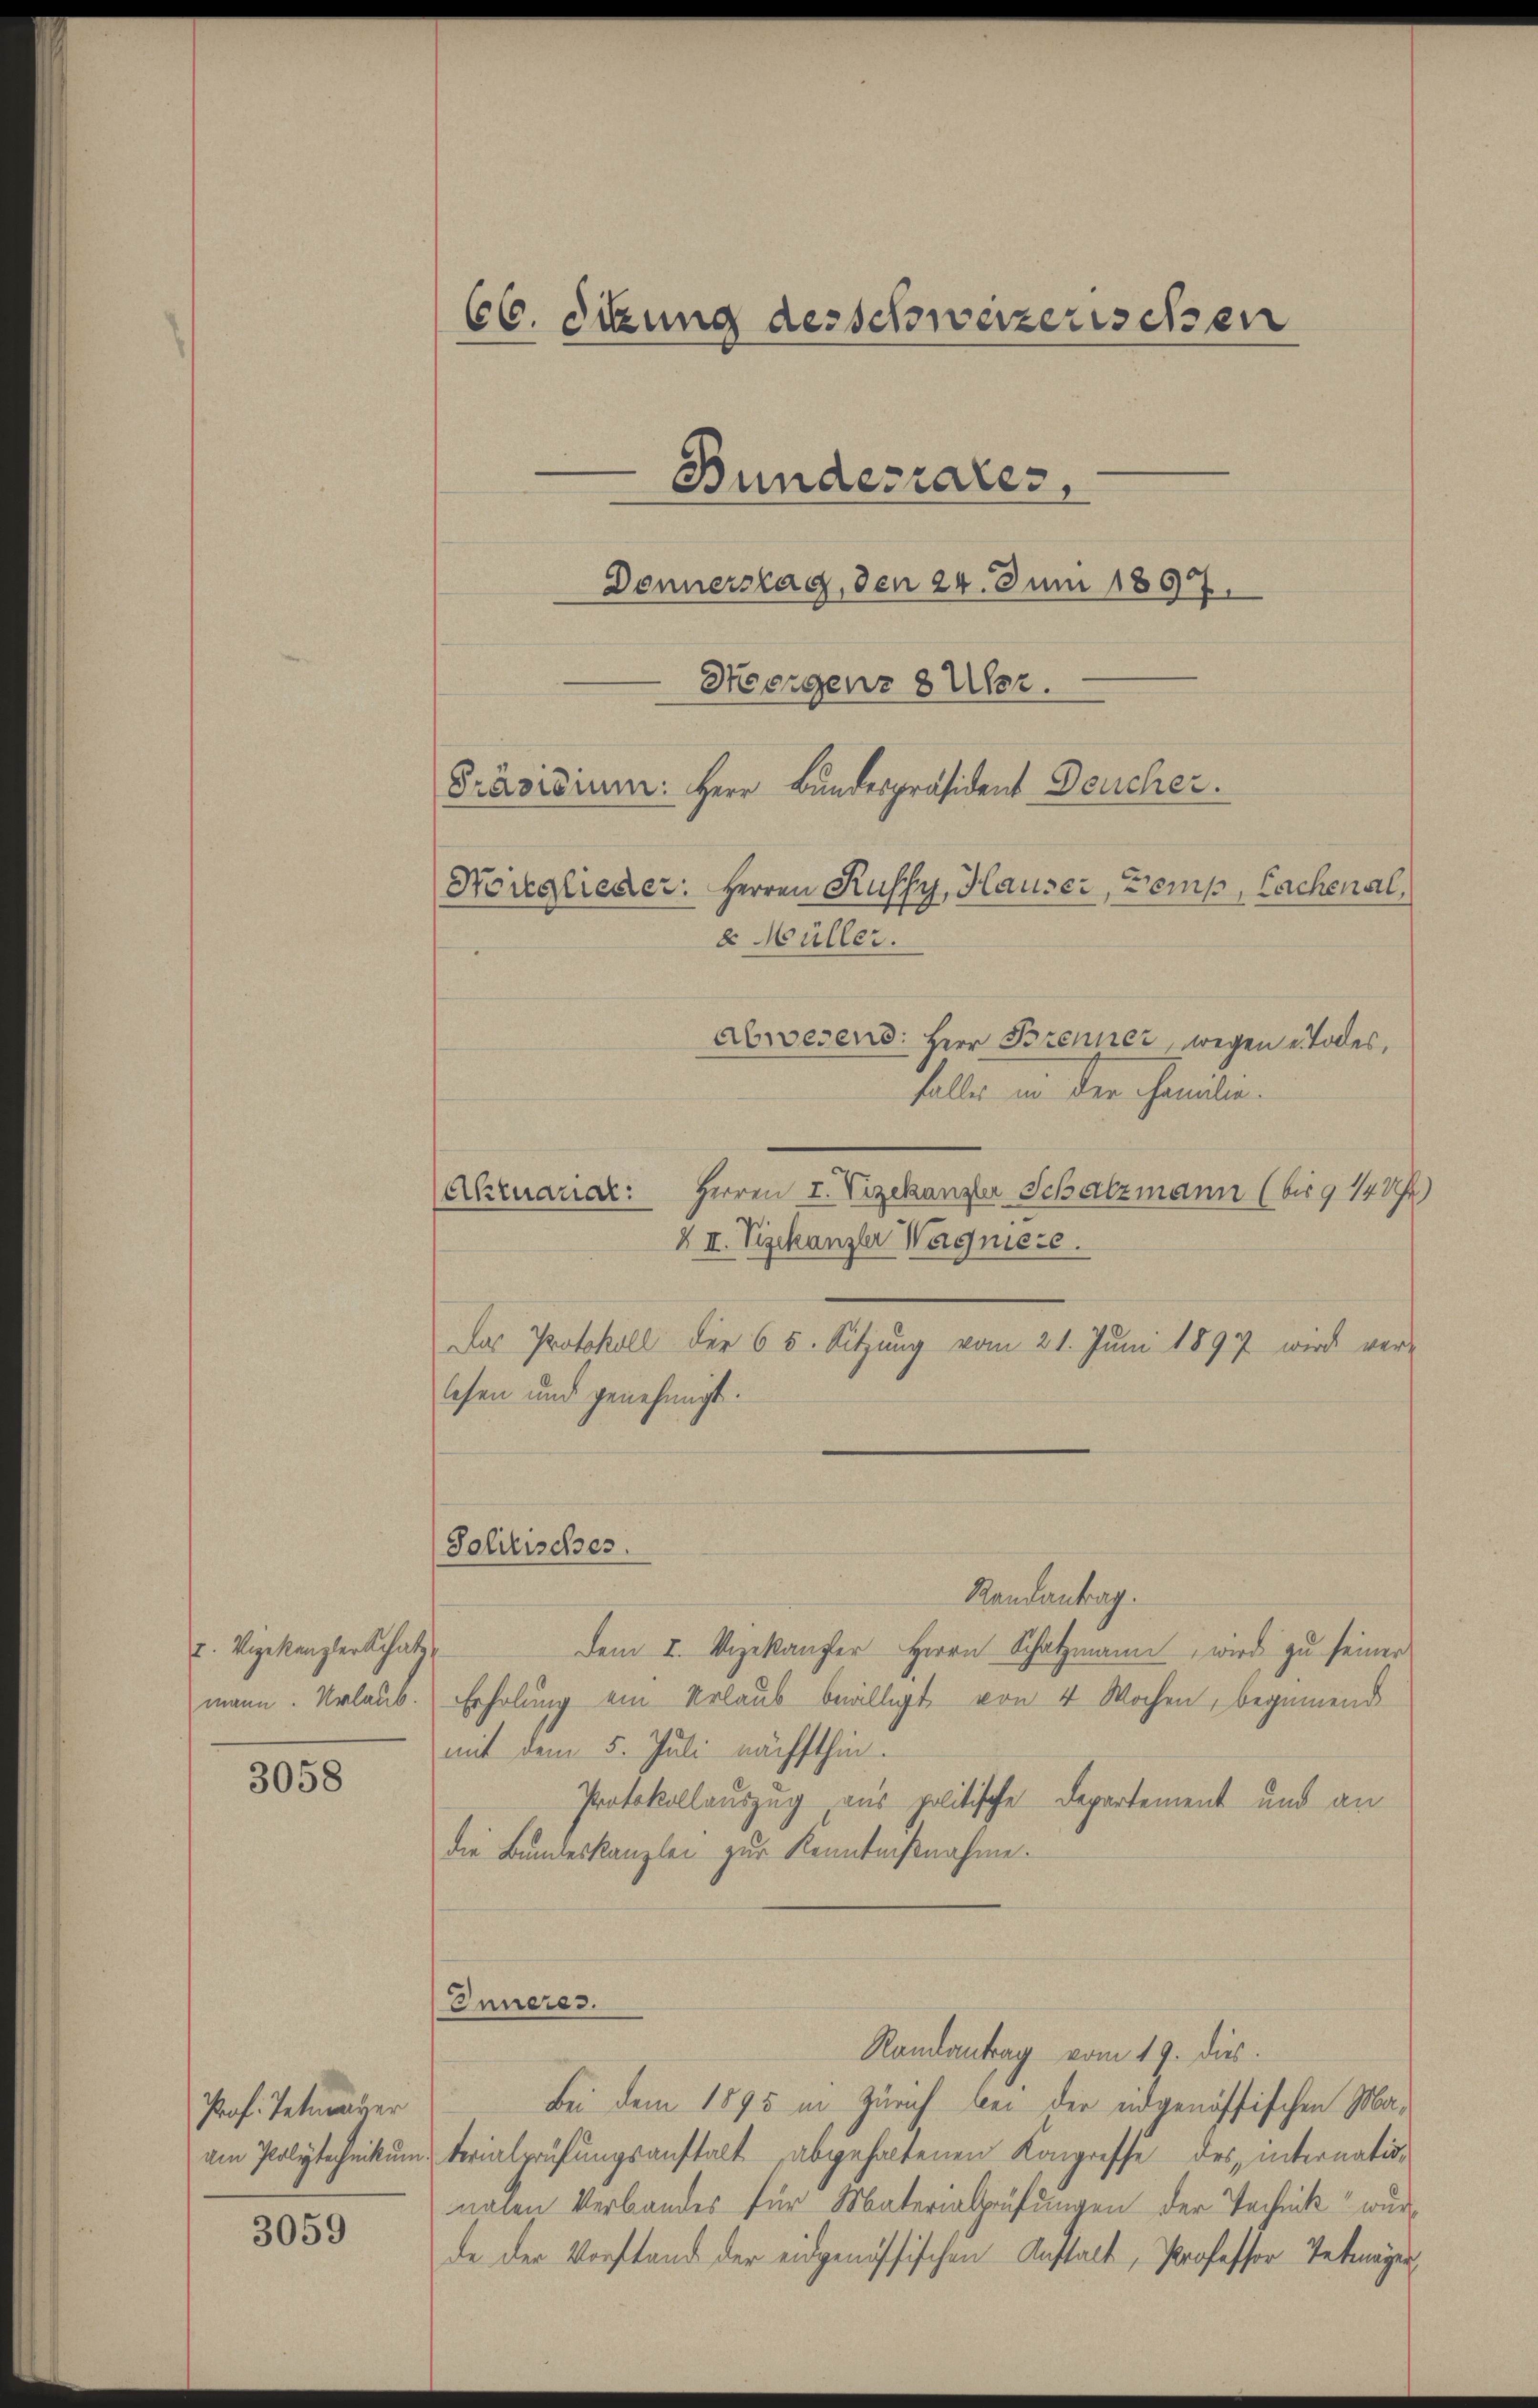
u. Vigekanzler Schatz,

3058

Prof. Tetrager
am Polytechnittun

3059

66. Sekung des schweizerischen
-Bundesrates,
Donnerstag, den 24. Juni 1897.
Heergenz 8 Uhr.
Präsidium: Herr Bundespräsident Deucher.
Norglieder: Herren Kufsy, Hauser, Temp, Lachenal,
8 Müller.
Abwesend: Herr Brenner, wegen Todes¬

falles in der Familie.
Herren I. Vizekanzler Schatzmann (bis 9 148)
Akruarial:
X II. Vizekanzler Wagniere.
Das Protokoll der 65. Sitzung vom 21. Juni 1897 wird ver-
lesen und genehmigt.

Solitisches.

Randantrag.
Dem I. Ungekanzer Herrn Schatzmann, wird zu seiner
mann. Urlaub. Erholung ein Urlaub beälligt von 4 Wochen, beginnend
mit dem 5. Juli nächsthin.
Protokollauszug aus politische Departement und an
die Bundeskanzlei zur Kenntnißnahme.
Inneres.
Randantrag vom 19. dies
Bei dem 1895 in Zürich bei der eidgenössischen Mauterialprüfungsanstalt abgehaltenen Kongresse des internationalen Verbandes für Materialprüfungen der Technik wur
de der Vorstand der eidgenössischen Anstalt, Professor Tetragen,